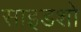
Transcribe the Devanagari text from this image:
साइडशो